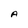
Character: A